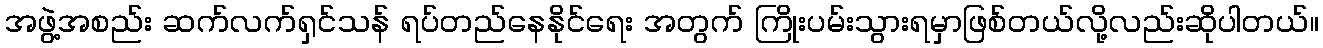
အဖွဲ့အစည်း ဆက်လက်ရှင်သန် ရပ်တည်နေနိုင်ရေး အတွက် ကြိုးပမ်းသွားရမှာဖြစ်တယ်လို့လည်းဆိုပါတယ်။